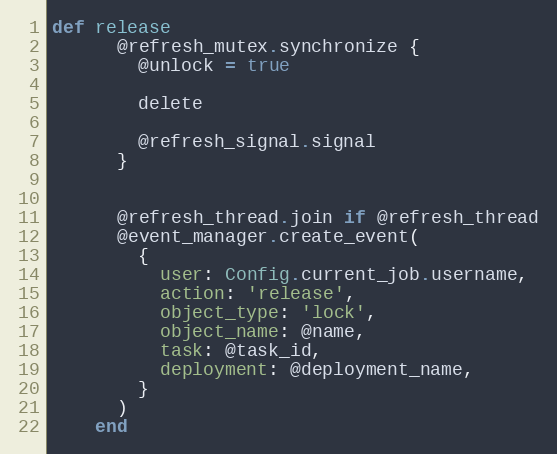
Language: Ruby
def release
      @refresh_mutex.synchronize {
        @unlock = true

        delete

        @refresh_signal.signal
      }

      @refresh_thread.join if @refresh_thread
      @event_manager.create_event(
        {
          user: Config.current_job.username,
          action: 'release',
          object_type: 'lock',
          object_name: @name,
          task: @task_id,
          deployment: @deployment_name,
        }
      )
    end